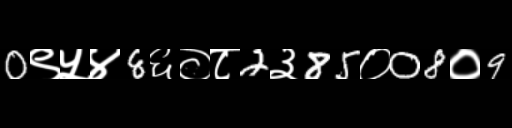
Text: 0९५४8६०८2३85०08०9